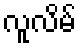
လူလိမ်